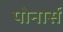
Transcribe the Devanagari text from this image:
पोनार्स